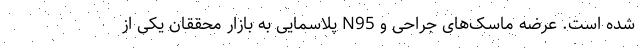
شده است. عرضه ماسک‌های جراحی و N95 پلاسمایی به بازار محققان یکی از